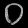
Digit: ၀